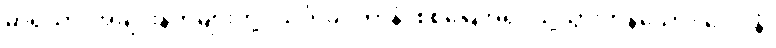
မာရိသာ၊ အချင်းနတ်များတို့။ သင်္ဂါမဂတာနံ၊ စစ်မြေအရပ်သို့သွားကုန်သော။ ဒေဝါနံ၊